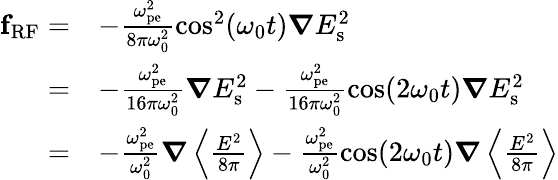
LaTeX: \begin{array}{rl}{\mathbf{f}_{\mathrm{{RF}}}=}&{-\frac{\omega_{\mathrm{pe}}^{2}}{8\pi\omega_{0}^{2}}\cos^{2}(\omega_{0}t)\boldsymbol\nabla{E}_{\mathrm{s}}^{2}}\\ {=}&{-\frac{\omega_{\mathrm{pe}}^{2}}{16\pi\omega_{0}^{2}}\boldsymbol\nabla{E}_{\mathrm{s}}^{2}-\frac{\omega_{\mathrm{pe}}^{2}}{16\pi\omega_{0}^{2}}\cos(2\omega_{0}t)\boldsymbol\nabla{E}_{\mathrm{s}}^{2}}\\ {=}&{-\frac{\omega_{\mathrm{pe}}^{2}}{\omega_{0}^{2}}\boldsymbol\nabla\left\langle\frac{{E}^{2}}{8\pi}\right\rangle-\frac{\omega_{\mathrm{{pe}}}^{2}}{\omega_{0}^{2}}\cos(2\omega_{0}t)\boldsymbol\nabla\left\langle\frac{{E}^{2}}{8\pi}\right\rangle}\end{array}